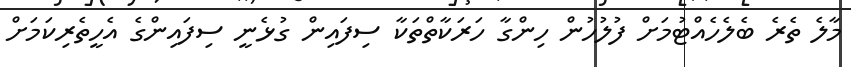
މާލެ ތެރެ ބެލެހެއްޓުމަށް ފުލުހުން ހިންގާ ހަރަކާތްތަކާ ސިފައިން ގުޅެނީ ސިފައިންގެ އެހީތެރިކަމަށް